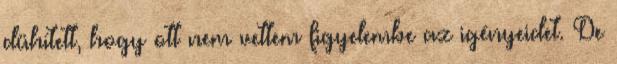
dühített, hogy ott nem vettem figyelembe az igényeidet. De